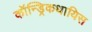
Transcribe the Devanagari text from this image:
कॉन्ड्रिकथायिस